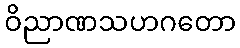
ဝိညာဏသဟဂတော